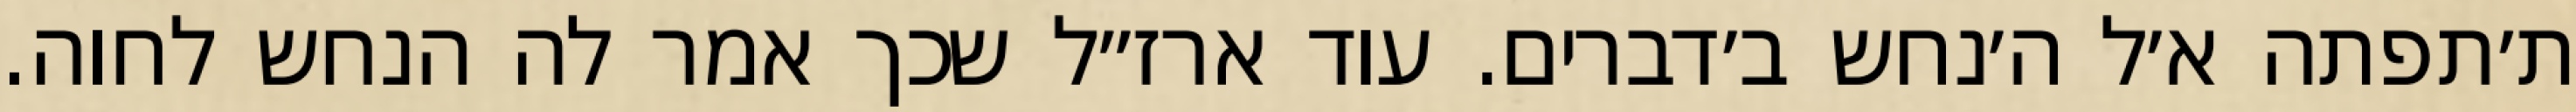
ת׳תפתה א׳ל ה׳נחש ב׳דברים. עוד ארז״ל שכך אמר לה הנחש לחוה.